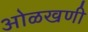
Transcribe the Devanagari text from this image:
ओळखणी